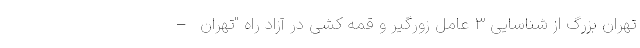
تهران بزرگ از شناسایی ۳ عامل زورگیر و قمه کشی در آزاد راه "تهران –